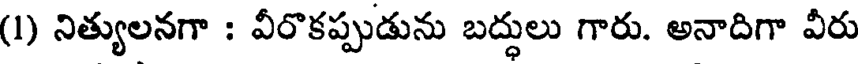
(1) నిత్యులనగా : వీరొకప్పుడును బద్ధులు గారు. అనాదిగా వీరు